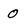
Character: 0